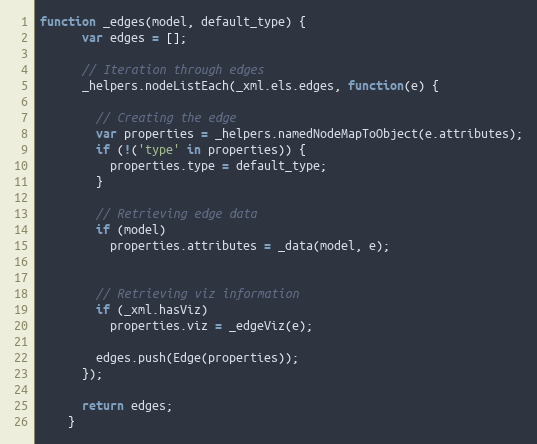
Language: JavaScript
function _edges(model, default_type) {
      var edges = [];

      // Iteration through edges
      _helpers.nodeListEach(_xml.els.edges, function(e) {

        // Creating the edge
        var properties = _helpers.namedNodeMapToObject(e.attributes);
        if (!('type' in properties)) {
          properties.type = default_type;
        }

        // Retrieving edge data
        if (model)
          properties.attributes = _data(model, e);

        // Retrieving viz information
        if (_xml.hasViz)
          properties.viz = _edgeViz(e);

        edges.push(Edge(properties));
      });

      return edges;
    }